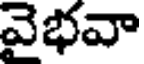
వైభవా